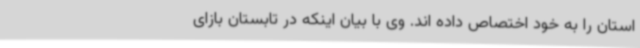
استان را به خود اختصاص داده اند. وی با بیان اینکه در تابستان بازای